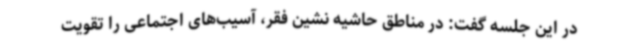
در این جلسه گفت: در مناطق حاشیه نشین فقر، آسیب‌های اجتماعی را تقویت